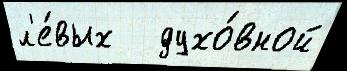
л'е́вых   духо́вной